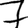
Digit: 7